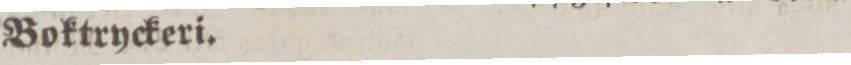
Boktryckeri.